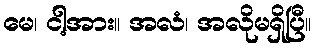
မေ၊ ငါ့အား။ အလံ၊ အလိုမရှိပြီ။